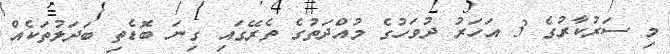
މި ސަރުކާރުގެ 3 އަހަރު ދުވަހުގެ މުއްދަތުގެ ތެރޭގައި ގިނަ ބޮޑެތި ބަދަލުތަކެއް